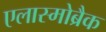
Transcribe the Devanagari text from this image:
एलास्मोब्रैक